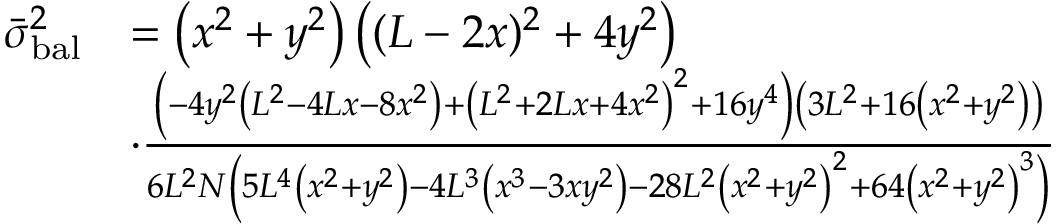
\begin{array} { r l } { \bar { \sigma } _ { \mathrm { b a l } } ^ { 2 } } & { = \left( x ^ { 2 } + y ^ { 2 } \right) \left( ( L - 2 x ) ^ { 2 } + 4 y ^ { 2 } \right) } \\ & { \cdot \frac { \left( - 4 y ^ { 2 } \left( L ^ { 2 } - 4 L x - 8 x ^ { 2 } \right) + \left( L ^ { 2 } + 2 L x + 4 x ^ { 2 } \right) ^ { 2 } + 1 6 y ^ { 4 } \right) \left( 3 L ^ { 2 } + 1 6 \left( x ^ { 2 } + y ^ { 2 } \right) \right) } { 6 L ^ { 2 } N \left( 5 L ^ { 4 } \left( x ^ { 2 } + y ^ { 2 } \right) - 4 L ^ { 3 } \left( x ^ { 3 } - 3 x y ^ { 2 } \right) - 2 8 L ^ { 2 } \left( x ^ { 2 } + y ^ { 2 } \right) ^ { 2 } + 6 4 \left( x ^ { 2 } + y ^ { 2 } \right) ^ { 3 } \right) } } \end{array}